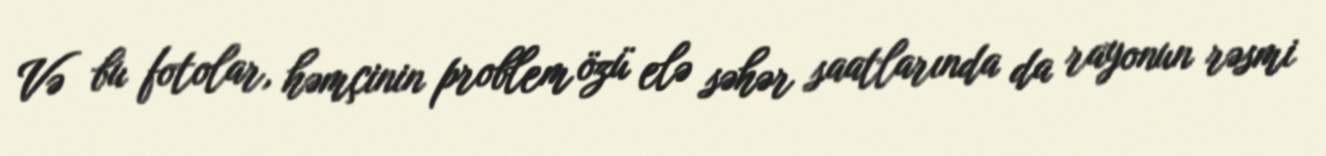
Və bu fotolar, həmçinin problem özü elə səhər saatlarında da rayonun rəsmi